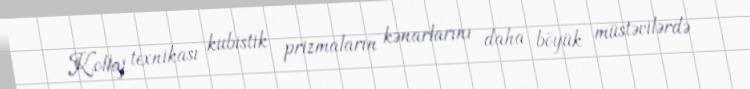
Kollaj texnikası kubistik prizmaların kənarlarını daha böyük müstəvilərdə